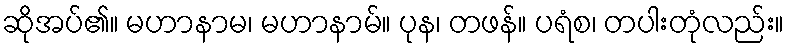
ဆိုအပ်၏။ မဟာနာမ၊ မဟာနာမ်။ ပုန၊ တဖန်။ ပရံစ၊ တပါးတုံလည်း။